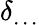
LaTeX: \delta_{\dots}